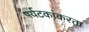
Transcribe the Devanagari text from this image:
पर्यटकांकरता